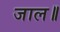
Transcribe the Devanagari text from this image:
जाल॥